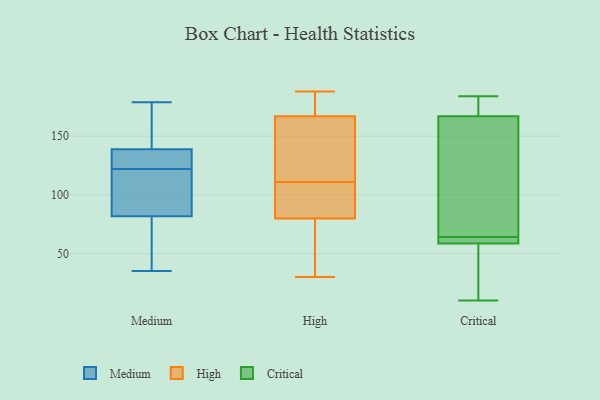
{"axis": {"x": "Inventory Turnover", "y": "Value"}, "legend": ["Critical", "High", "Medium"], "data": [{"x": "", "y": 91, "type": "Medium"}, {"x": "", "y": 134, "type": "Medium"}, {"x": "", "y": 136, "type": "Medium"}, {"x": "", "y": 110, "type": "Medium"}, {"x": "", "y": 35, "type": "Medium"}, {"x": "", "y": 94, "type": "Medium"}, {"x": "", "y": 124, "type": "Medium"}, {"x": "", "y": 179, "type": "Medium"}, {"x": "", "y": 122, "type": "Medium"}, {"x": "", "y": 51, "type": "Medium"}, {"x": "", "y": 154, "type": "Medium"}, {"x": "", "y": 54, "type": "Medium"}, {"x": "", "y": 147, "type": "Medium"}, {"x": "", "y": 137, "type": "High"}, {"x": "", "y": 172, "type": "High"}, {"x": "", "y": 97, "type": "High"}, {"x": "", "y": 74, "type": "High"}, {"x": "", "y": 187, "type": "High"}, {"x": "", "y": 188, "type": "High"}, {"x": "", "y": 38, "type": "High"}, {"x": "", "y": 111, "type": "High"}, {"x": "", "y": 30, "type": "High"}, {"x": "", "y": 104, "type": "High"}, {"x": "", "y": 152, "type": "High"}, {"x": "", "y": 64, "type": "Critical"}, {"x": "", "y": 122, "type": "Critical"}, {"x": "", "y": 61, "type": "Critical"}, {"x": "", "y": 58, "type": "Critical"}, {"x": "", "y": 183, "type": "Critical"}, {"x": "", "y": 30, "type": "Critical"}, {"x": "", "y": 182, "type": "Critical"}, {"x": "", "y": 75, "type": "Critical"}, {"x": "", "y": 10, "type": "Critical"}, {"x": "", "y": 60, "type": "Critical"}, {"x": "", "y": 184, "type": "Critical"}]}